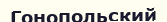
Гонопольский